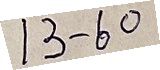
13 - 60